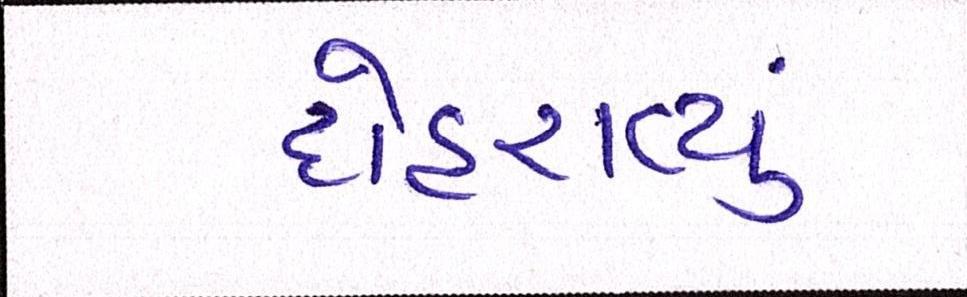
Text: દોહરાવ્યું